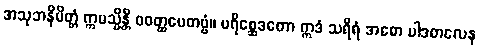
အသုဘနိမိတ္တံ ဣမသ္မိန္တိ ဝဝတ္ထပေတဗ္ဗံ။ ပရိစ္ဆေဒတော ဣဒံ သရီရံ အဓော ပါဒတလေန